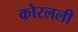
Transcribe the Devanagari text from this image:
कोरलली